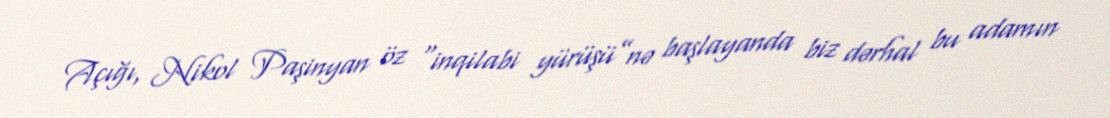
Açığı, Nikol Paşinyan öz “inqilabi yürüşü”nə başlayanda biz dərhal bu adamın